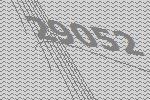
29052